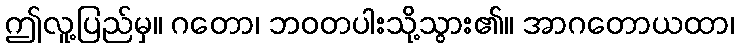
ဤလူ့ပြည်မှ။ ဂတော၊ ဘဝတပါးသို့သွား၏။ အာဂတောယထာ၊